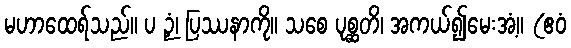
မဟာထေရ်သည်။ ပ ဉှံ၊ ပြဿနာကို။ သစေ ပုစ္ဆတိ၊ အကယ်၍မေးအံ့။ (ဧဝံ